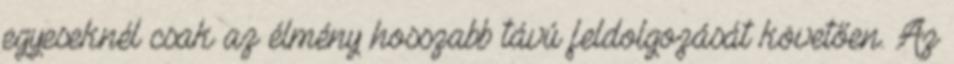
egyeseknél csak az élmény hosszabb távú feldolgozását követően. Az